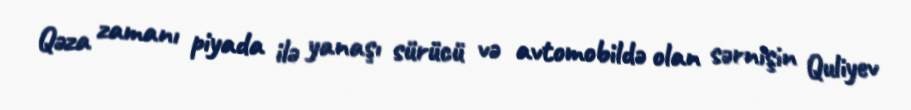
Qəza zamanı piyada ilə yanaşı sürücü və avtomobildə olan sərnişin Quliyev